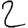
Digit: 2